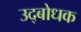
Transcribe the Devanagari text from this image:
उद्‍बोधक